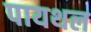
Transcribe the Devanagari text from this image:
पायथल